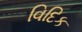
વિદિક